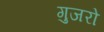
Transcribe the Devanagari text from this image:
गुजरो